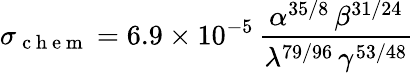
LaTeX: \sigma_{\mathrm{~c~h~e~m~}}=6.9\times 10^{-5}\, \frac{\alpha^{35/8}\, \beta^{31/24}}{\lambda^{79/96}\, \gamma^{53/48}}